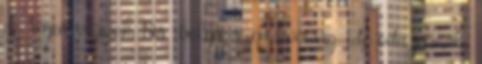
de régen várunk Kis ibolya, szép hóvirág, ide-oda járnak.